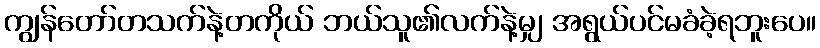
ကျွန်တော်တသက်နဲ့တကိုယ် ဘယ်သူ၏လက်နဲ့မျှ အရွယ်ပင်မခံခဲ့ရဘူးပေ။